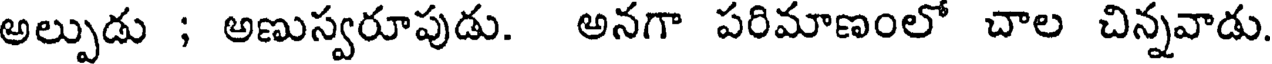
అల్పుడు ; అణుస్వరూపుడు. అనగా పరిమాణంలో చాల చిన్నవాడు.